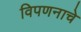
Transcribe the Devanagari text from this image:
विपणनाचे